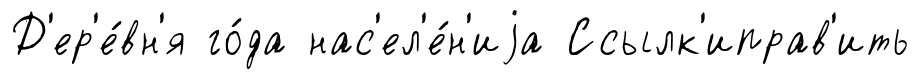
Д'ер'е́вн'я го́да нас'ел'е́н'иjа Ссылк'иправ'ить